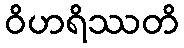
ဝိဟရိဿတိ